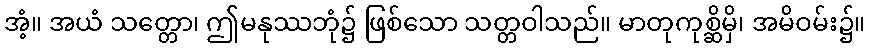
အံ့။ အယံ သတ္တော၊ ဤမနုဿဘုံ၌ ဖြစ်သော သတ္တဝါသည်။ မာတုကုစ္ဆိမှိ၊ အမိဝမ်း၌။